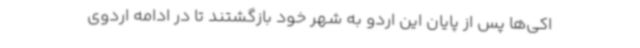
اکی‌ها پس از پایان این اردو به شهر خود بازگشتند تا در ادامه اردوی